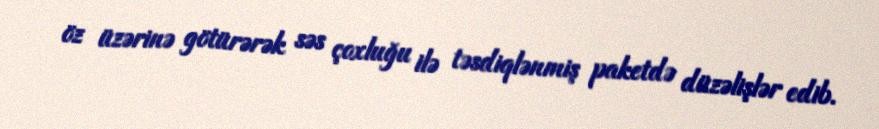
öz üzərinə götürərək səs çoxluğu ilə təsdiqlənmiş paketdə düzəlişlər edib.